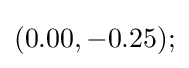
(0.00,-0.25);